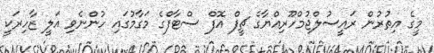
މީގެ އިތުރުން ރައީސުލްޖުމްހޫރިއްޔާގެ ޗީފް އޮފް ސްޓާފްގެ މަގާމުގައި ހުންނެވި އަލީ ޒާހިރަކީ